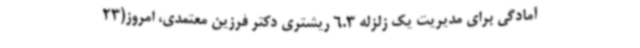
آمادگی برای مدیریت یک زلزله 6.3 ریشتری دکتر فرزین معتمدی، امروز(23